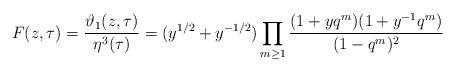
LaTeX: \begin{align*} F(z,\tau) = \frac{\vartheta_1(z,\tau)}{\eta^3(\tau)} = (y^{1/2} + y^{-1/2}) \prod_{m \geq 1} \frac{ (1 + yq^m) (1 + y^{-1}q^m)}{ (1-q^m)^2 }\end{align*}